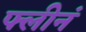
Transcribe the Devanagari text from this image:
फ्लीनं